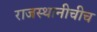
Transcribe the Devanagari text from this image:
राजस्थानीचीच